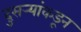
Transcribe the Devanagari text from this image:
दुसर्‍यांकडून